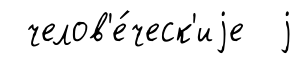
челов'е́ческ'иjе j